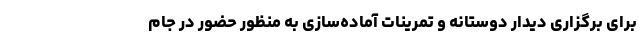
برای برگزاری دیدار دوستانه و تمرینات آماده‌سازی به منظور حضور در جام